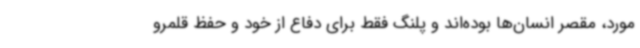
مورد، مقصر انسان‌ها بوده‌اند و پلنگ فقط برای دفاع از خود و حفظ قلمرو